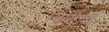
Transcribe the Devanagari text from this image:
निर्मित्ती